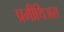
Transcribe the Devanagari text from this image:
प्रमीथिअस